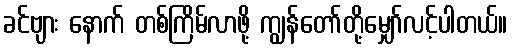
ခင်ဗျား နောက် တစ်ကြိမ်လာဖို့ ကျွန်တော်တို့မျှော်လင့်ပါတယ်။